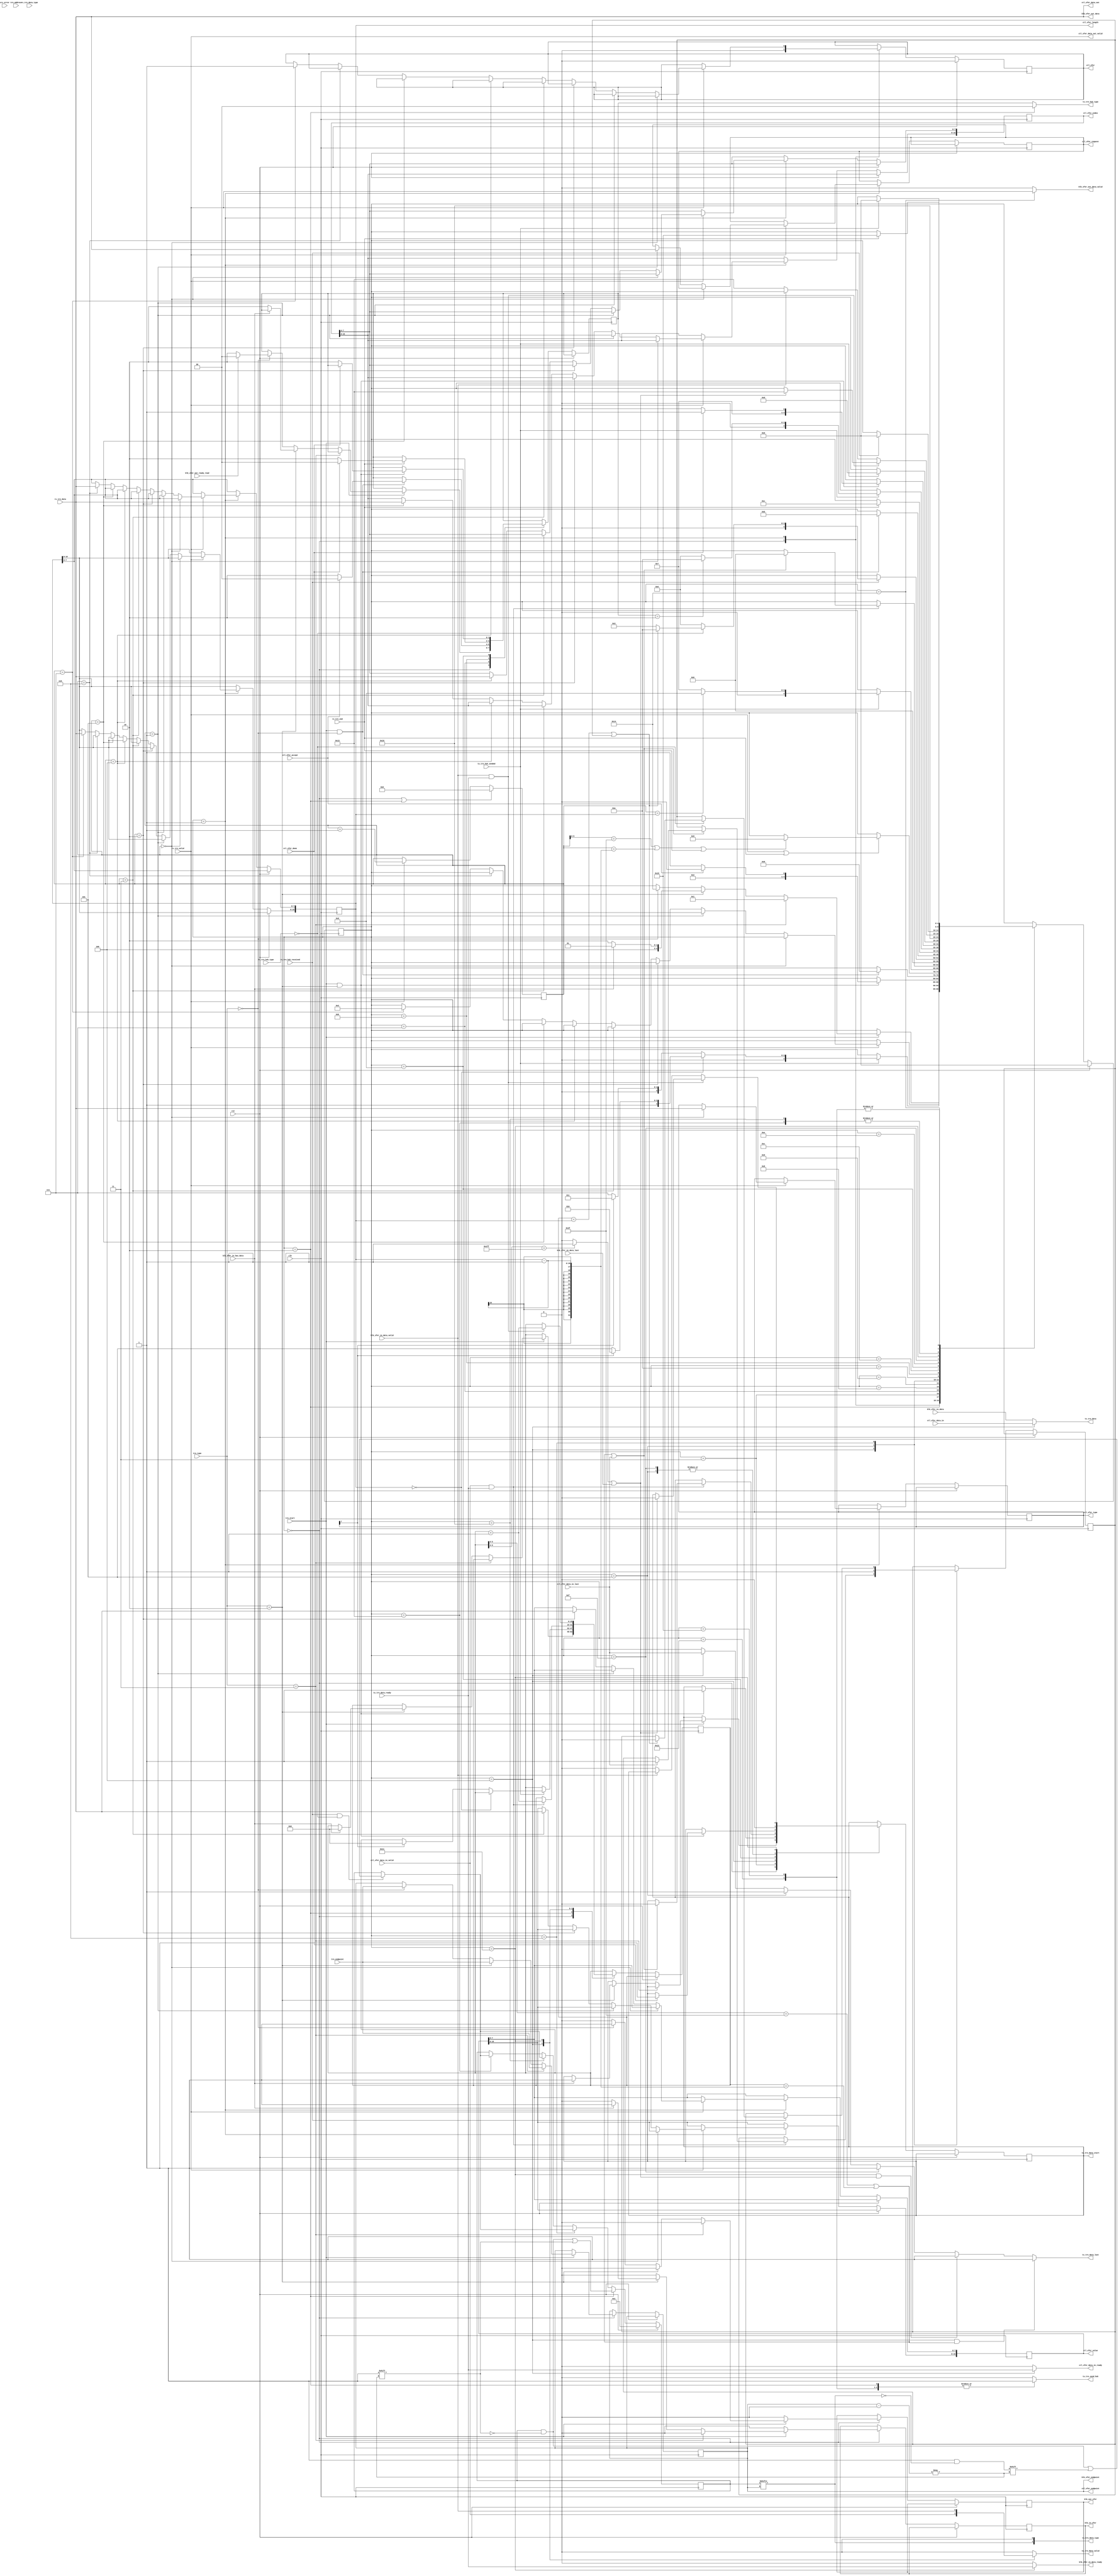
`timescale 1ns / 1ps
//////////////////////////////////////////////////////////////////////////////////
// Company:
// 
// Design Name: 
// Module Name: usb_xfer
// Project Name: axis_usbd
// Target Devices:
// Tool Versions:
// Description: 
// 
// Dependencies: 
// 
// Revision:
// Revision 0.01 - File Created
// Additional Comments:
// Based on project 'https://github.com/ObKo/USBCore'
// License: MIT
//  Copyright (c) 2021 Dmitry Matyunin
//  Permission is hereby granted, free of charge, to any person obtaining a copy
//  of this software and associated documentation files (the "Software"), to deal
//  in the Software without restriction, including without limitation the rights
//  to use, copy, modify, merge, publish, distribute, sublicense, and/or sell
//  copies of the Software, and to permit persons to whom the Software is
//  furnished to do so, subject to the following conditions:
//
//  The above copyright notice and this permission notice shall be included in
//  all copies or substantial portions of the Software.
//
//  THE SOFTWARE IS PROVIDED "AS IS", WITHOUT WARRANTY OF ANY KIND, EXPRESS OR
//  IMPLIED, INCLUDING BUT NOT LIMITED TO THE WARRANTIES OF MERCHANTABILITY
//  FITNESS FOR A PARTICULAR PURPOSE AND NONINFRINGEMENT. IN NO EVENT SHALL THE
//  AUTHORS OR COPYRIGHT HOLDERS BE LIABLE FOR ANY CLAIM, DAMAGES OR OTHER
//  LIABILITY, WHETHER IN AN ACTION OF CONTRACT, TORT OR OTHERWISE, ARISING FROM,
//  OUT OF OR IN CONNECTION WITH THE SOFTWARE OR THE USE OR OTHER DEALINGS IN
//  THE SOFTWARE.
// 
//////////////////////////////////////////////////////////////////////////////////

module usb_xfer #(
	parameter integer HIGH_SPEED = 1
)
(
	input wire clk,
	input wire rst,
	/* Transaction */
	input wire [1:0]trn_type,
    input wire [6:0]trn_address,
    input wire [3:0]trn_endpoint,
    input wire trn_start,
	/* DATA0/1/2 MDATA */
	input wire [1:0]rx_trn_data_type,
	input wire rx_trn_end,
	input wire [7:0]rx_trn_data,
	input wire rx_trn_valid,
	input wire [1:0]rx_trn_hsk_type,
	input wire rx_trn_hsk_received,
    /* 00 - ACK, 10 - NAK, 11 - STALL, 01 - NYET */
    output wire [1:0]tx_trn_hsk_type,
	output wire tx_trn_send_hsk,
	input wire tx_trn_hsk_sended,
	output wire [1:0]tx_trn_data_type,
	output wire tx_trn_data_start,
	output wire [7:0]tx_trn_data,
	output wire tx_trn_data_valid,
	input wire tx_trn_data_ready,
	output wire tx_trn_data_last,
	input wire crc_error,
	/* Ctl */
	output wire [3:0]ctl_xfer_endpoint,
	output wire [7:0]ctl_xfer_type,
	output wire [7:0]ctl_xfer_request,
	output wire [15:0]ctl_xfer_value,
	output wire [15:0]ctl_xfer_index,
	output wire [15:0]ctl_xfer_length,
	input wire ctl_xfer_accept,
	/* '1' when processing control transfer */
	output wire ctl_xfer,
    /* '1' when control request completed */
	input wire ctl_xfer_done,
	output wire [7:0]ctl_xfer_data_out,
	output wire ctl_xfer_data_out_valid,
	input wire [7:0]ctl_xfer_data_in,
	input wire ctl_xfer_data_in_valid,
	input wire ctl_xfer_data_in_last,
	output wire ctl_xfer_data_in_ready,
	/* Bulk */
	output wire [3:0]blk_xfer_endpoint,
	output wire blk_in_xfer,
	output wire blk_out_xfer,
	/* Has complete packet */
	input wire blk_xfer_in_has_data,
	input wire [7:0]blk_xfer_in_data,
	input wire blk_xfer_in_data_valid,
	output wire blk_xfer_in_data_ready,
	input wire blk_xfer_in_data_last,
	/* Can accept full packet */
	input wire blk_xfer_out_ready_read,
	output wire [7:0]blk_xfer_out_data,
	output wire blk_xfer_out_data_valid
);

localparam [4:0]
	STATE_IDLE = 0,
	STATE_CONTROL_SETUP = 1,
	STATE_CONTROL_SETUP_ACK = 2,
	STATE_CONTROL_WAIT_DATAIN = 3,
	STATE_CONTROL_DATAIN = 4,
	STATE_CONTROL_DATAIN_Z = 5,
	STATE_CONTROL_DATAIN_ACK = 6,
	STATE_CONTROL_WAIT_DATAOUT = 7,
	STATE_CONTROL_DATAOUT = 8,
	STATE_CONTROL_DATAOUT_MYACK = 9,
	STATE_CONTROL_STATUS_OUT = 10,
	STATE_CONTROL_STATUS_OUT_D = 11,
	STATE_CONTROL_STATUS_OUT_ACK = 12,
	STATE_CONTROL_STATUS_IN = 13,
	STATE_CONTROL_STATUS_IN_MYACK = 14,
	STATE_CONTROL_STATUS_IN_D = 15,
	STATE_CONTROL_STATUS_IN_ACK = 16,
	STATE_BULK_IN = 17,
	STATE_BULK_IN_MYACK = 18,
	STATE_BULK_IN_ACK = 19,
	STATE_BULK_OUT = 20,
	STATE_BULK_OUT_ACK = 21;
	
localparam [1:0]
	HSK_ACK = 2'b00,
	HSK_NAK = 2'b10,
	HSK_STALL = 2'b11,
	HSK_NYET = 2'b01;

reg [4:0]state;
reg [10:0]rx_counter;
reg [15:0]tx_counter;
reg [15:0]ctl_xfer_length_int;
reg [7:0]ctl_xfer_type_int;
reg [15:0]data_types;
reg [3:0]current_endpoint;
reg [1:0]ctl_status;
reg ctl_xfer_eop;
reg tx_counter_over;
reg ctl_xfer_int;
reg blk_in_xfer_int;
reg blk_out_xfer_int;
reg tx_trn_data_start_int;
reg [7:0]ctl_xfer_request_int;
reg [15:0]ctl_xfer_value_int;
reg [15:0]ctl_xfer_index_int;
reg tx_trn_send_hsk_int;
reg tx_trn_data_valid_int;
reg tx_trn_data_last_int;

assign ctl_xfer = ctl_xfer_int;
assign blk_in_xfer = blk_in_xfer_int;
assign blk_out_xfer = blk_out_xfer_int;
assign tx_trn_data_start = tx_trn_data_start_int;
assign ctl_xfer_request = ctl_xfer_request_int;
assign ctl_xfer_value = ctl_xfer_value_int;
assign ctl_xfer_index = ctl_xfer_index_int;
assign tx_trn_send_hsk = tx_trn_send_hsk_int;
assign tx_trn_data_valid = tx_trn_data_valid_int;
assign tx_trn_data_last = tx_trn_data_last_int;

assign ctl_xfer_endpoint = current_endpoint;
assign blk_xfer_endpoint = current_endpoint;
assign tx_trn_hsk_type = (state == STATE_CONTROL_SETUP_ACK) ? 2'b00 : ctl_status;
assign ctl_xfer_length = ctl_xfer_length_int;
assign ctl_xfer_type = ctl_xfer_type_int;
assign ctl_xfer_data_in_ready = (state == STATE_CONTROL_DATAIN) ? tx_trn_data_ready : 1'b0;
assign blk_xfer_in_data_ready = (state == STATE_BULK_IN) ? tx_trn_data_ready : 1'b0;
assign tx_trn_data_type = {data_types[current_endpoint], 1'b0};
assign tx_trn_data = (state == STATE_CONTROL_DATAIN) ? ctl_xfer_data_in : blk_xfer_in_data;
assign blk_xfer_out_data = rx_trn_data;
assign blk_xfer_out_data_valid = (state == STATE_BULK_OUT) ? rx_trn_valid : 1'b0;
assign ctl_xfer_data_out = rx_trn_data;
assign ctl_xfer_data_out_valid = rx_trn_valid;

/* Rx Counter */
always @(posedge clk) begin
	if ((state == STATE_IDLE) || (state == STATE_CONTROL_SETUP_ACK)) begin
		rx_counter <= 0;
	end else if (rx_trn_valid == 1'b1) begin
		rx_counter <= rx_counter + 1;
	end
end

/* Toggling */
always @(posedge clk) begin
	if (rst == 1'b1) begin
		data_types <= 1'b1;
	end else begin
		if (state == STATE_CONTROL_SETUP_ACK) begin
			data_types[current_endpoint] <= 1'b1;
		end else if (state == STATE_CONTROL_DATAIN_ACK) begin
			if ((rx_trn_hsk_received == 1'b1) && (rx_trn_hsk_type == HSK_ACK)) begin
				data_types[current_endpoint] <= ~data_types[current_endpoint];
			end
		end else if (state == STATE_CONTROL_STATUS_IN_ACK) begin
			if ((rx_trn_hsk_received == 1'b1) && (rx_trn_hsk_type == HSK_ACK)) begin
				data_types[current_endpoint] <= ~data_types[current_endpoint];
			end
		end else if (state == STATE_BULK_IN_ACK) begin
			if ((rx_trn_hsk_received == 1'b1) && (rx_trn_hsk_type == HSK_ACK)) begin
				data_types[current_endpoint] <= ~data_types[current_endpoint];
			end
		end 
	end
end

/* FSM */
always @(posedge clk) begin
	if (rst == 1'b1) begin
		state <= STATE_IDLE;
		ctl_xfer_int <= 1'b0;
	end else begin 
		case (state)
		STATE_IDLE: begin
			ctl_xfer_int <= 1'b0;
			blk_in_xfer_int <= 1'b0;
			blk_out_xfer_int <= 1'b0;
			if (trn_start == 1'b1) begin
				if (trn_type == 2'b11) begin
					state <= STATE_CONTROL_SETUP;
					current_endpoint <= trn_endpoint;
				end else if (trn_type == 2'b10) begin
					current_endpoint <= trn_endpoint;
					if (blk_xfer_in_has_data == 1'b1) begin
						blk_in_xfer_int <= 1'b1;
						tx_trn_data_start_int <= 1'b1;
						tx_counter <= 0;
						state <= STATE_BULK_IN;
					end else begin
						ctl_status <= HSK_NAK;
						state <= STATE_BULK_IN_MYACK;
					end
				end else if (trn_type == 2'b00) begin
					blk_out_xfer_int <= 2'b1;
					current_endpoint <= trn_endpoint;
					if (blk_xfer_out_ready_read == 1'b1) begin
						ctl_status <= HSK_ACK;
					end else begin
						ctl_status <= HSK_NAK;
					end
					state <= STATE_BULK_OUT;
				end
			end
		end
		STATE_CONTROL_SETUP: begin
			if (rx_trn_valid == 1'b1) begin
				if (rx_counter == 0) begin
					ctl_xfer_type_int <= rx_trn_data;
				end else if (rx_counter == 1) begin
					ctl_xfer_request_int <= rx_trn_data;
				end else if (rx_counter == 2) begin
					ctl_xfer_value_int[7:0] <= rx_trn_data;
				end else if (rx_counter == 3) begin
					ctl_xfer_value_int[15:8] <= rx_trn_data;
				end else if (rx_counter == 4) begin
					ctl_xfer_index_int[7:0] <= rx_trn_data;
				end else if (rx_counter == 5) begin
					ctl_xfer_index_int[15:8] <= rx_trn_data;
				end else if (rx_counter == 6) begin
					ctl_xfer_length_int[7:0] <= rx_trn_data;
				end else if (rx_counter == 7) begin
					ctl_xfer_length_int[15:8] <= rx_trn_data;
					state <= STATE_CONTROL_SETUP_ACK;
					ctl_xfer_int <= 1'b1;
				end
			end
		end
		STATE_CONTROL_SETUP_ACK: begin
			if (tx_trn_hsk_sended == 1'b1) begin
				if (ctl_xfer_length_int == 0) begin
					if (ctl_xfer_type_int[7] == 1'b1) begin
						state <= STATE_CONTROL_STATUS_OUT;
					end else begin
						state <= STATE_CONTROL_STATUS_IN;
					end
				end else if (ctl_xfer_type_int[7] == 1'b1) begin
					state <= STATE_CONTROL_WAIT_DATAIN;
					tx_counter <= 0;
				end else if (ctl_xfer_type_int[7] == 1'b0) begin
					state <= STATE_CONTROL_WAIT_DATAOUT;
				end
			end
		end
		STATE_CONTROL_WAIT_DATAIN: begin
			if ((trn_start == 1'b1) && (trn_type == 2'b10)) begin
				if (ctl_xfer_accept == 1'b1) begin
					state <= STATE_CONTROL_DATAIN;
				end else begin
					state <= STATE_CONTROL_DATAIN_Z;
				end
				tx_trn_data_start_int <= 1'b1;
			end
		end
		STATE_CONTROL_WAIT_DATAOUT: begin
			if ((trn_start == 1'b1) && (trn_type == 2'b00)) begin
				if (ctl_xfer_accept == 1'b1) begin
					ctl_status <= HSK_ACK;
				end else begin
					ctl_status <= HSK_NAK;
				end
				state <= STATE_CONTROL_DATAOUT;
			end
		end
		STATE_CONTROL_DATAOUT: begin
			if ((rx_trn_valid == 1'b1) || (rx_trn_end == 1'b1)) begin
				if ((rx_counter[5:0] == 63) || (rx_counter == (ctl_xfer_length_int - 1)) || (rx_trn_end == 1'b1)) begin
					state <= STATE_CONTROL_DATAOUT_MYACK;
				end
			end
		end
		STATE_CONTROL_DATAOUT_MYACK: begin
			if (tx_trn_hsk_sended == 1'b1) begin
				if (rx_counter == ctl_xfer_length_int) begin
					state <= STATE_CONTROL_STATUS_IN;
				end else begin
					state <= STATE_CONTROL_WAIT_DATAOUT;
				end
			end
		end
		STATE_CONTROL_DATAIN: begin
			if ((ctl_xfer_data_in_valid == 1'b1) && (tx_trn_data_ready == 1'b1)) begin
				if ((tx_counter[5:0] == 63) || (tx_counter == (ctl_xfer_length_int - 1)) || (ctl_xfer_data_in_last == 1'b1)) begin
					tx_trn_data_start_int <= 1'b0;
					state <= STATE_CONTROL_DATAIN_ACK;
					if (ctl_xfer_data_in_last == 1'b1) begin
						ctl_xfer_eop <= 1'b1;
					end
				end
				tx_counter <= tx_counter + 1;
			end
		end
		STATE_CONTROL_DATAIN_Z: begin
			tx_trn_data_start_int <= 1'b0;
			ctl_xfer_eop <= 1'b1;
			state <= STATE_CONTROL_DATAIN_ACK;
		end
		STATE_CONTROL_DATAIN_ACK: begin
			if (rx_trn_hsk_received == 1'b1) begin
				if (rx_trn_hsk_type == 2'b00) begin
					if ((tx_counter == ctl_xfer_length_int) || (ctl_xfer_eop == 1'b1)) begin
						ctl_xfer_eop <= 1'b0;
						state <= STATE_CONTROL_STATUS_OUT;
					end else begin
						state <= STATE_CONTROL_WAIT_DATAIN;
					end
				end else begin
					state <= STATE_IDLE;
				end
			end
		end
		STATE_CONTROL_STATUS_OUT: begin
			if ((trn_start == 1'b1) && (trn_type == 2'b00)) begin
				state <= STATE_CONTROL_STATUS_OUT_D;
			end
		end
		STATE_CONTROL_STATUS_OUT_D: begin
			if (rx_trn_end == 1'b1) begin
				state <= STATE_CONTROL_STATUS_OUT_ACK;
				if (ctl_xfer_done == 1'b1) begin
					ctl_status <= HSK_ACK;
				end else begin
					ctl_status <= HSK_NAK;
				end
			end
		end
		STATE_CONTROL_STATUS_OUT_ACK: begin
			if (tx_trn_hsk_sended == 1'b1) begin
				if (ctl_status == HSK_NAK) begin
					state <= STATE_CONTROL_STATUS_OUT;
				end else begin
					state <= STATE_IDLE;
				end
			end
		end
		STATE_CONTROL_STATUS_IN: begin
			if ((trn_start == 1'b1) && (trn_type == 2'b10)) begin
				if (ctl_xfer_done == 2'b1) begin
					tx_trn_data_start_int <= 1'b1;
					state <= STATE_CONTROL_STATUS_IN_D;
				end else begin
					ctl_status <= HSK_NAK;
					state <= STATE_CONTROL_STATUS_IN_MYACK;
				end
			end
		end
		STATE_CONTROL_STATUS_IN_MYACK: begin
			if (tx_trn_hsk_sended == 1'b1) begin
				state <= STATE_CONTROL_STATUS_IN;
			end
		end
		STATE_CONTROL_STATUS_IN_D: begin
			tx_trn_data_start_int <= 1'b0;
			state <= STATE_CONTROL_STATUS_IN_ACK;
		end
		STATE_CONTROL_STATUS_IN_ACK: begin
			if (rx_trn_hsk_received == 1'b1) begin
				state <= STATE_IDLE;
			end
		end
		STATE_BULK_IN: begin
			if ((blk_xfer_in_data_valid == 1'b1) && (tx_trn_data_ready == 1'b1)) begin
				if ((tx_counter_over == 1'b1) || (blk_xfer_in_data_last == 1'b1)) begin
					tx_trn_data_start_int <= 1'b0;
					state <= STATE_BULK_IN_ACK;
				end
				tx_counter <= tx_counter + 1;
			end else if (blk_xfer_in_data_valid == 1'b0) begin
				tx_trn_data_start_int <= 1'b0;
				state <= STATE_BULK_IN_ACK;
			end
		end
		STATE_BULK_IN_ACK: begin
			if (rx_trn_hsk_received == 1'b1) begin
				state <= STATE_IDLE;
			end
		end
		STATE_BULK_IN_MYACK: begin
			if (tx_trn_hsk_sended == 1'b1) begin
				state <= STATE_IDLE;
			end
		end
		STATE_BULK_OUT: begin
			if (rx_trn_end == 1'b1) begin
				state <= STATE_BULK_OUT_ACK;
			end
		end
		STATE_BULK_OUT_ACK: begin
			if (tx_trn_hsk_sended == 1'b1) begin
				state <= STATE_IDLE;
			end
		end
		endcase
    end
end

always @(*) begin
	case (state)
	STATE_CONTROL_SETUP_ACK: tx_trn_send_hsk_int <= 1'b1;
	STATE_CONTROL_STATUS_OUT_ACK: tx_trn_send_hsk_int <= 1'b1;
	STATE_CONTROL_STATUS_IN_MYACK: tx_trn_send_hsk_int <= 1'b1;
	STATE_BULK_IN_MYACK: tx_trn_send_hsk_int <= 1'b1;
	STATE_BULK_OUT_ACK: tx_trn_send_hsk_int <= 1'b1;
	STATE_CONTROL_DATAOUT_MYACK: tx_trn_send_hsk_int <= 1'b1;
	default: tx_trn_send_hsk_int <= 1'b0;
	endcase
	
	case (state)
	STATE_CONTROL_DATAIN: tx_trn_data_valid_int <= ctl_xfer_data_in_valid;
	STATE_BULK_IN: tx_trn_data_valid_int <= blk_xfer_in_data_valid;
	default: tx_trn_data_valid_int <= 1'b0;
	endcase
	
	if ((state == STATE_CONTROL_DATAIN) && ((tx_counter[5:0] == 63) || (tx_counter == (ctl_xfer_length_int - 1)))) begin
		tx_trn_data_last_int <= 1'b1;
	end else if ((state == STATE_BULK_IN) && ((tx_counter_over == 1'b1) || (blk_xfer_in_data_last == 1'b1))) begin
		tx_trn_data_last_int <= 1'b1;
	end else if (state == STATE_CONTROL_STATUS_IN_D) begin
		tx_trn_data_last_int <= 1'b1;
	end else if (state == STATE_CONTROL_DATAIN_Z) begin
		tx_trn_data_last_int <= 1'b1;
	end else if (state == STATE_CONTROL_DATAIN) begin
		tx_trn_data_last_int <= ctl_xfer_data_in_last;
	end else begin
		tx_trn_data_last_int <= 1'b0;
	end
end

always @(*) begin
	if ((tx_counter[5:0] == 63) && (HIGH_SPEED == 0)) begin
		tx_counter_over <= 1'b1;
	end else if ((tx_counter[8:0] == 511) && (HIGH_SPEED == 1)) begin
		tx_counter_over <= 1'b1;
	end else begin
		tx_counter_over <= 1'b0;
	end
end               

endmodule